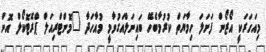
މިއަހަރަކީ އޯޒޯން ފަށަލަ ހިމާޔަތް ކުރުމާބެހޭ ބައިނަލްއަގުވާމީ މުއާހަދާ "މޮންޓްރިއަލް ޕްރޮޓޮކޯލް އޮން